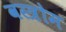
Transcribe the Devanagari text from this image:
वस्त्रोम